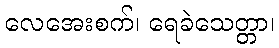
လေအေးစက်၊ ရေခဲသေတ္တာ၊